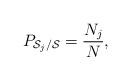
LaTeX: \begin{align*}P_{{\cal S}_j/{\cal S}}= \frac{N_j}{N},\end{align*}